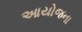
આયોજના